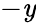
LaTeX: -\mathit{y}